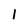
Character: l